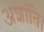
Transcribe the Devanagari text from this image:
अशांति।